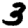
Digit: 3